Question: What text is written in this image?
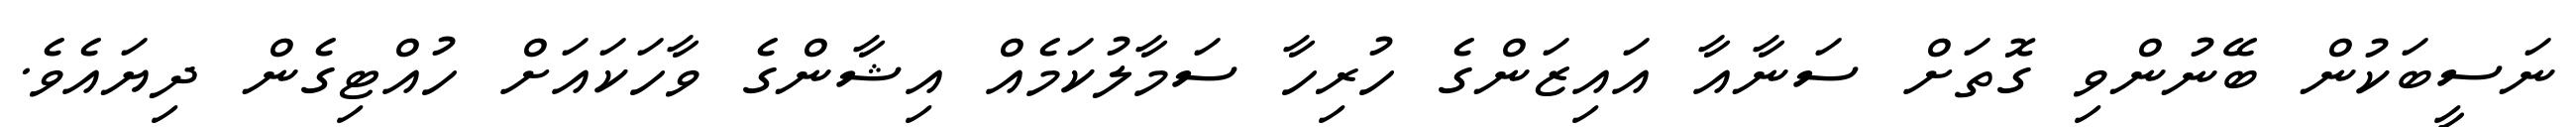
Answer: ނަސީބަކުން ބޭނުންވި ގޮތަށް ސަނާއާ އައިޒަންގެ ހުރިހާ ސަމާލުކަމެއް އިޝާންގެ ވާހަކައަށް ހުއްޓިގެން ދިޔައެވެ.